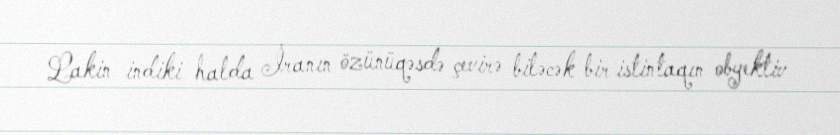
Lakin indiki halda İranın özünüqəsdə çevirə biləcək bir istintaqın obyektiv